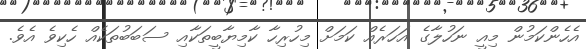
އެހެންކަމުން މިއީ ނަހުލާގެ އަހަރެއް ކަމަށް މިހުރިހާ ކާމިޔާބީތަކާއި ސަބަބުތަކެއް ހެކިވެ އެވެ.